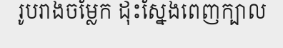
រូបរាងចម្លែក ដុះស្នែងពេញក្បាល